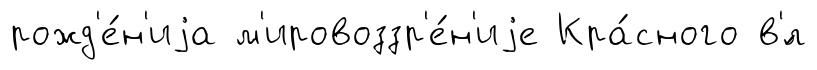
рожд'е́н'иjа м'ировоззр'е́н'иjе Кра́сного в'́л